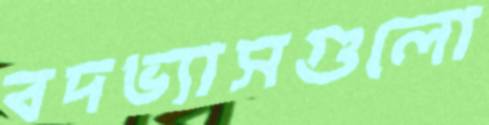
বদভ্যাসগুলো